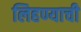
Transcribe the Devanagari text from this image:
लिहण्याची